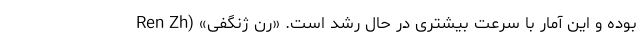
بوده و این آمار با سرعت بیشتری در حال رشد است. «رن ژنگفی» (Ren Zh